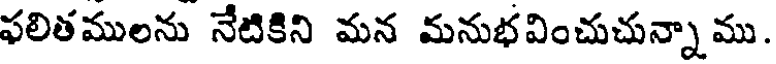
ఫలితములను నేటికిని మన మనుభవించుచున్నా ము.